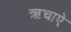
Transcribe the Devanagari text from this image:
ऋचाऐ